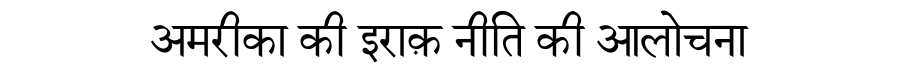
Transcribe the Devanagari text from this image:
अमरीका की इराक़ नीति की आलोचना